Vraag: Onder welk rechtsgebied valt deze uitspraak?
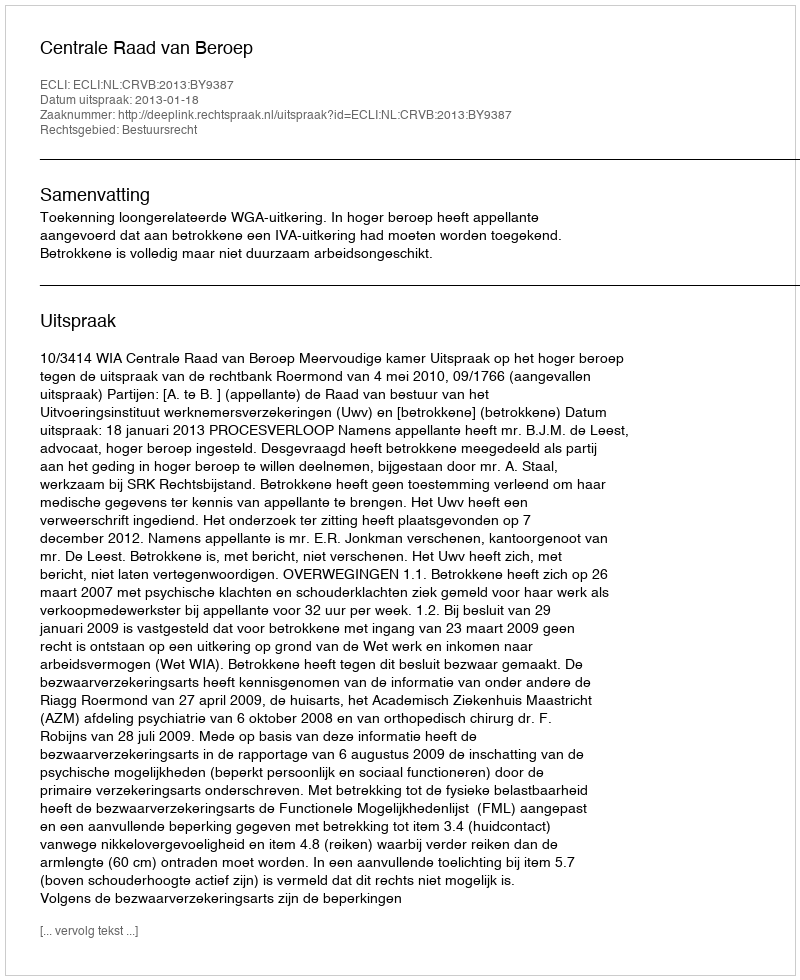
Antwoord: Bestuursrecht